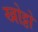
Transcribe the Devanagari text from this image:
खोट्ठो